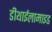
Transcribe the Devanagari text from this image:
डीथाईलामाइड